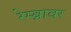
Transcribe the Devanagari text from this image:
रेम्ब्रावर